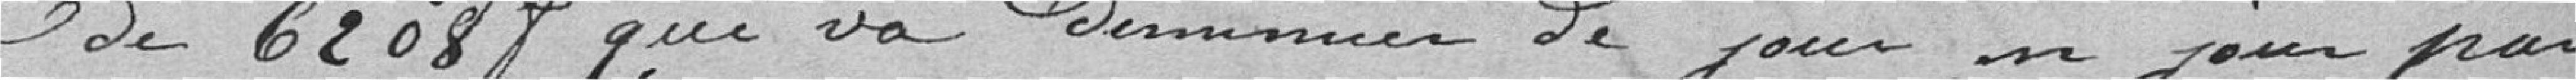
de 6208f qui va diminuer de jour en jour par